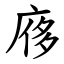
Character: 㢋